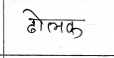
मजकूर: ढोलक